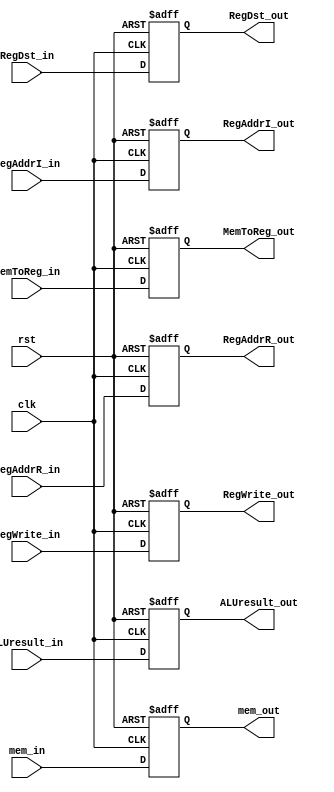
module MEMWB (clk, rst, ALUresult_in ,mem_in,RegDst_in,RegAddrI_in,RegAddrR_in,RegWrite_in,MemToReg_in,ALUresult_out,mem_out,RegDst_out,RegAddrI_out,RegAddrR_out,RegWrite_out,MemToReg_out);
               
   input         clk;
   input         rst;
   input  [31:0] ALUresult_in; 
   input  [31:0] mem_in;
   input  [1:0] RegDst_in;
   input  [4:0]  RegAddrI_in;
   input  [4:0]  RegAddrR_in;
   input  RegWrite_in;
   input  [1:0] MemToReg_in;
   output [31:0] ALUresult_out;
   output [31:0] mem_out;
   output [1:0] RegDst_out;
   output [4:0]  RegAddrI_out;
   output [4:0]  RegAddrR_out;
   output RegWrite_out;
   output [1:0] MemToReg_out;
   
   reg [31:0] ALUresult;
   reg [31:0] mem;
   reg [1:0] RegDst;
   reg [4:0]  RegAddrI;
   reg [4:0]  RegAddrR;
   reg RegWrite;
   reg [1:0] MemToReg;
               
   always @(posedge clk or posedge rst) begin
      if ( rst ) 
        begin
            ALUresult<=0;
            mem<=0;
            RegDst<=0;
            RegAddrI<=0;
            RegAddrR<=0;
            RegWrite<=0;
            MemToReg<=0;
        end
      else
        begin
           ALUresult<=ALUresult_in;
           mem<=mem_in;
           RegDst<=RegDst_in;
           RegAddrI<=RegAddrI_in;
           RegAddrR<=RegAddrR_in;
           RegWrite<=RegWrite_in;
           MemToReg<=MemToReg_in;
        end
   end 
   assign ALUresult_out=ALUresult;
   assign mem_out=mem;
   assign RegDst_out=RegDst;
   assign RegAddrI_out=RegAddrI;
   assign RegAddrR_out=RegAddrR;
   assign RegWrite_out=RegWrite;
   assign MemToReg_out=MemToReg;
      
endmodule